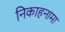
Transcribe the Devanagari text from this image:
निकाहनामा